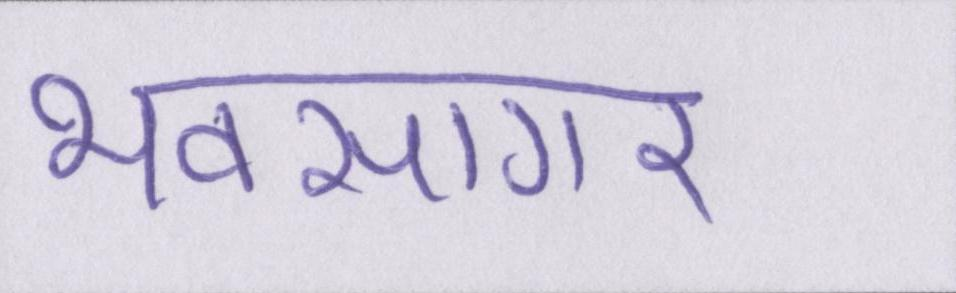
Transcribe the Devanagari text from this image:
भवसागर